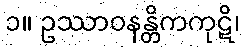
၁။ ဥဿာဝနန္တိကကုဋိ၊